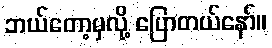
ဘယ်တော့မှလို့ ပြောတယ်နော်။